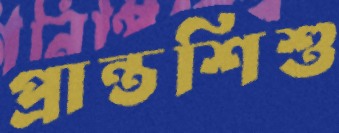
প্রান্তশিশু